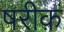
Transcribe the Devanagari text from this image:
षरीक़